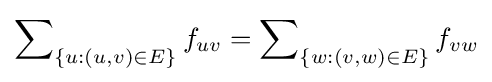
\sum \nolimits _{\{u:(u,v)\in E\}}f_{uv}=\sum \nolimits _{\{w:(v,w)\in E\}}f_{vw}